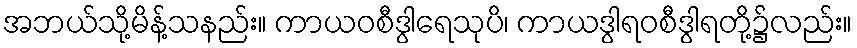
အဘယ်သို့မိန့်သနည်း။ ကာယဝစီဒွါရေသုပိ၊ ကာယဒွါရဝစီဒွါရတို့၌လည်း။